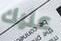
عليك